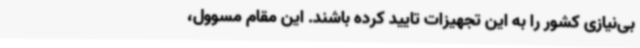
بی‌نیازی کشور را به این تجهیزات تایید کرده‌ باشند. این مقام مسوول،